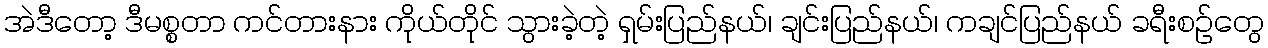
အဲဒီတော့ ဒီမစ္စတာ ကင်တားနား ကိုယ်တိုင် သွားခဲ့တဲ့ ရှမ်းပြည်နယ်၊ ချင်းပြည်နယ်၊ ကချင်ပြည်နယ် ခရီးစဉ်တွေ